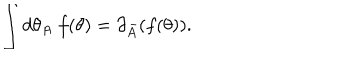
LaTeX: \int d \theta _ { A } \; f ( \theta ) = \partial _ { \bar { A } } ( f ( \theta ) ) .